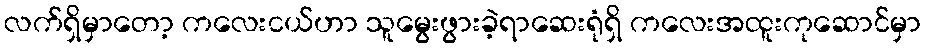
လက်ရှိမှာတော့ ကလေးငယ်ဟာ သူမွေးဖွားခဲ့ရာဆေးရုံရှိ ကလေးအထူးကုဆောင်မှာ